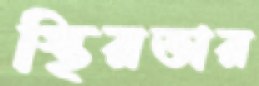
স্থিরতার